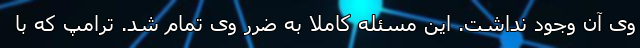
وی آن وجود نداشت. این مسئله کاملاً به ضرر وی تمام شد. ترامپ که با